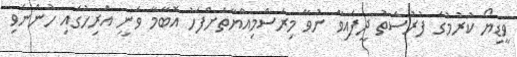
ވީޑިޔޯ ކުރުމުގެ ފުރުސަތު ދީފައިވާ ނުވާ މިރަސްމިއްޔާތަށްފަހު އޮބާމާ ވަނީ އަރިހުގައި ހުންނެވި